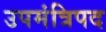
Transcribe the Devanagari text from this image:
उपमंत्रिपद